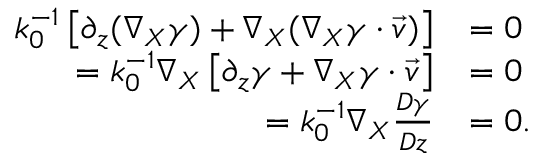
\begin{array} { r l } { k _ { 0 } ^ { - 1 } \left[ \partial _ { z } ( \nabla _ { X } \gamma ) + \nabla _ { X } ( \nabla _ { X } \gamma \cdot \vec { v } ) \right] } & { = 0 } \\ { = k _ { 0 } ^ { - 1 } \nabla _ { X } \left[ \partial _ { z } \gamma + \nabla _ { X } \gamma \cdot \vec { v } \right] } & { = 0 } \\ { = k _ { 0 } ^ { - 1 } \nabla _ { X } \frac { D \gamma } { D z } } & { = 0 . } \end{array}